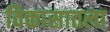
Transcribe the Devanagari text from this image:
विकासातला